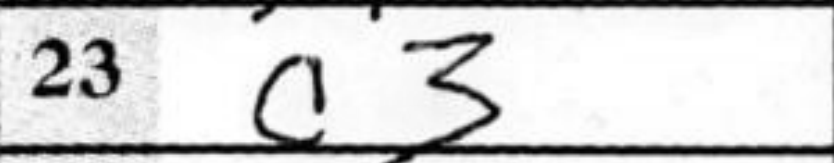
Transcription: c3